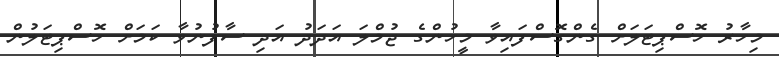
މިހާރު ހޮސްޕިޓަލަށް ގެންގޮސްފައިވާ މީހުންގެ ޖުމްލަ އަދަދު އަދި ސާފުނުވާ ކަމަށް ހޮސްޕިޓަލުން